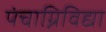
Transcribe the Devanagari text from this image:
पंचाग्निविद्या